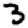
Digit: 3